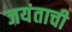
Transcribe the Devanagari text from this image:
जयंताची